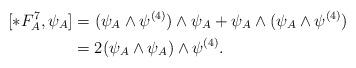
LaTeX: \begin{align*}[\ast{F^{7}_{A}},\psi_{A}]&=(\psi_{A}\wedge\psi^{(4)})\wedge\psi_{A}+\psi_{A}\wedge(\psi_{A}\wedge\psi^{(4)})\\&=2(\psi_{A}\wedge\psi_{A})\wedge\psi^{(4)}.\\\end{align*}